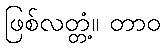
ဖြစ်လတ္တံ့။ တာဝ